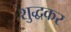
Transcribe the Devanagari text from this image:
शुद्धकर